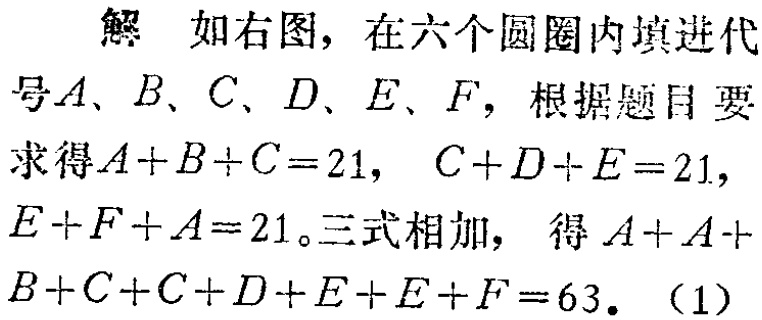
解 如右图，在六个圆圈内填进代号\(A、B、C、D、E、F\)，根据题目要求得\(A + B + C = 21\)， \(C + D + E = 21\)，\(E + F + A = 21\)。三式相加，得\(A + A + B + C + C + D + E + E + F = 63\)。（1）